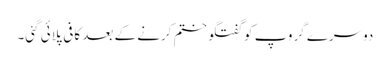
دوسرے گروپ کو گفتگو ختم کرنے کے بعد کافی پلائی گئی۔